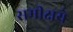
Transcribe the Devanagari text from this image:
समीक्षये